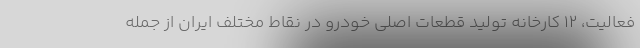
فعالیت، ١٢ کارخانه تولید قطعات اصلی خودرو در نقاط مختلف ایران از جمله